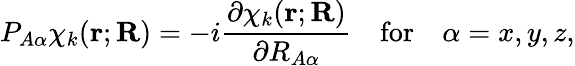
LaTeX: P_{A\alpha}\chi_{k}(\mathbf{r};\mathbf{R})=-i{\frac{\partial\chi_{k}(\mathbf{r};\mathbf{R})}{\partial R_{A\alpha}}}\quad{\mathrm{for}}\quad\alpha=x,y,z,